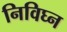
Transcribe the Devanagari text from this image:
निविघ्न